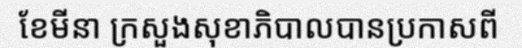
ខែមីនា ក្រសួងសុខាភិបាលបានប្រកាសពី